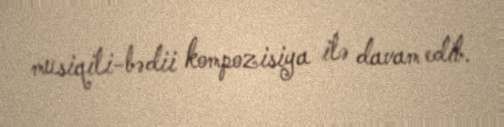
musiqili-bədii kompozisiya ilə davam edib.